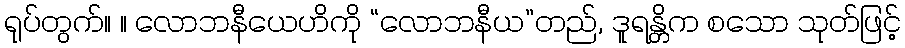
ရုပ်တွက်။ ။ လောဘနီယေဟိကို “လောဘနီယ”တည်, ဒူရန္တိက စသော သုတ်ဖြင့်